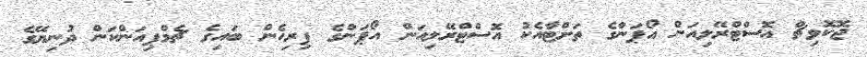
ޖޮކޮވިޗް އޮސްޓްރޭލިއަން އޯޕަންގެ ތަށްޓާއެކު އޮސްޓްރޭލިއަން އޯޕަންގެ ފިރިހެން ބައިގެ ޗެމްޕިއަންކަން ދުނިޔޭގެ